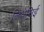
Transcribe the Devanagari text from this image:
लिथेसिई